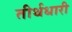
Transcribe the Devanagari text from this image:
तीर्थधारी